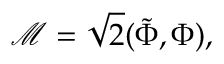
\mathcal { M } = \sqrt { 2 } ( \tilde { \Phi } , \Phi ) ,